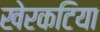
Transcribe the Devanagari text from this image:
खेरकटिया